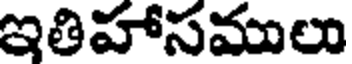
ఇతిహాసములు